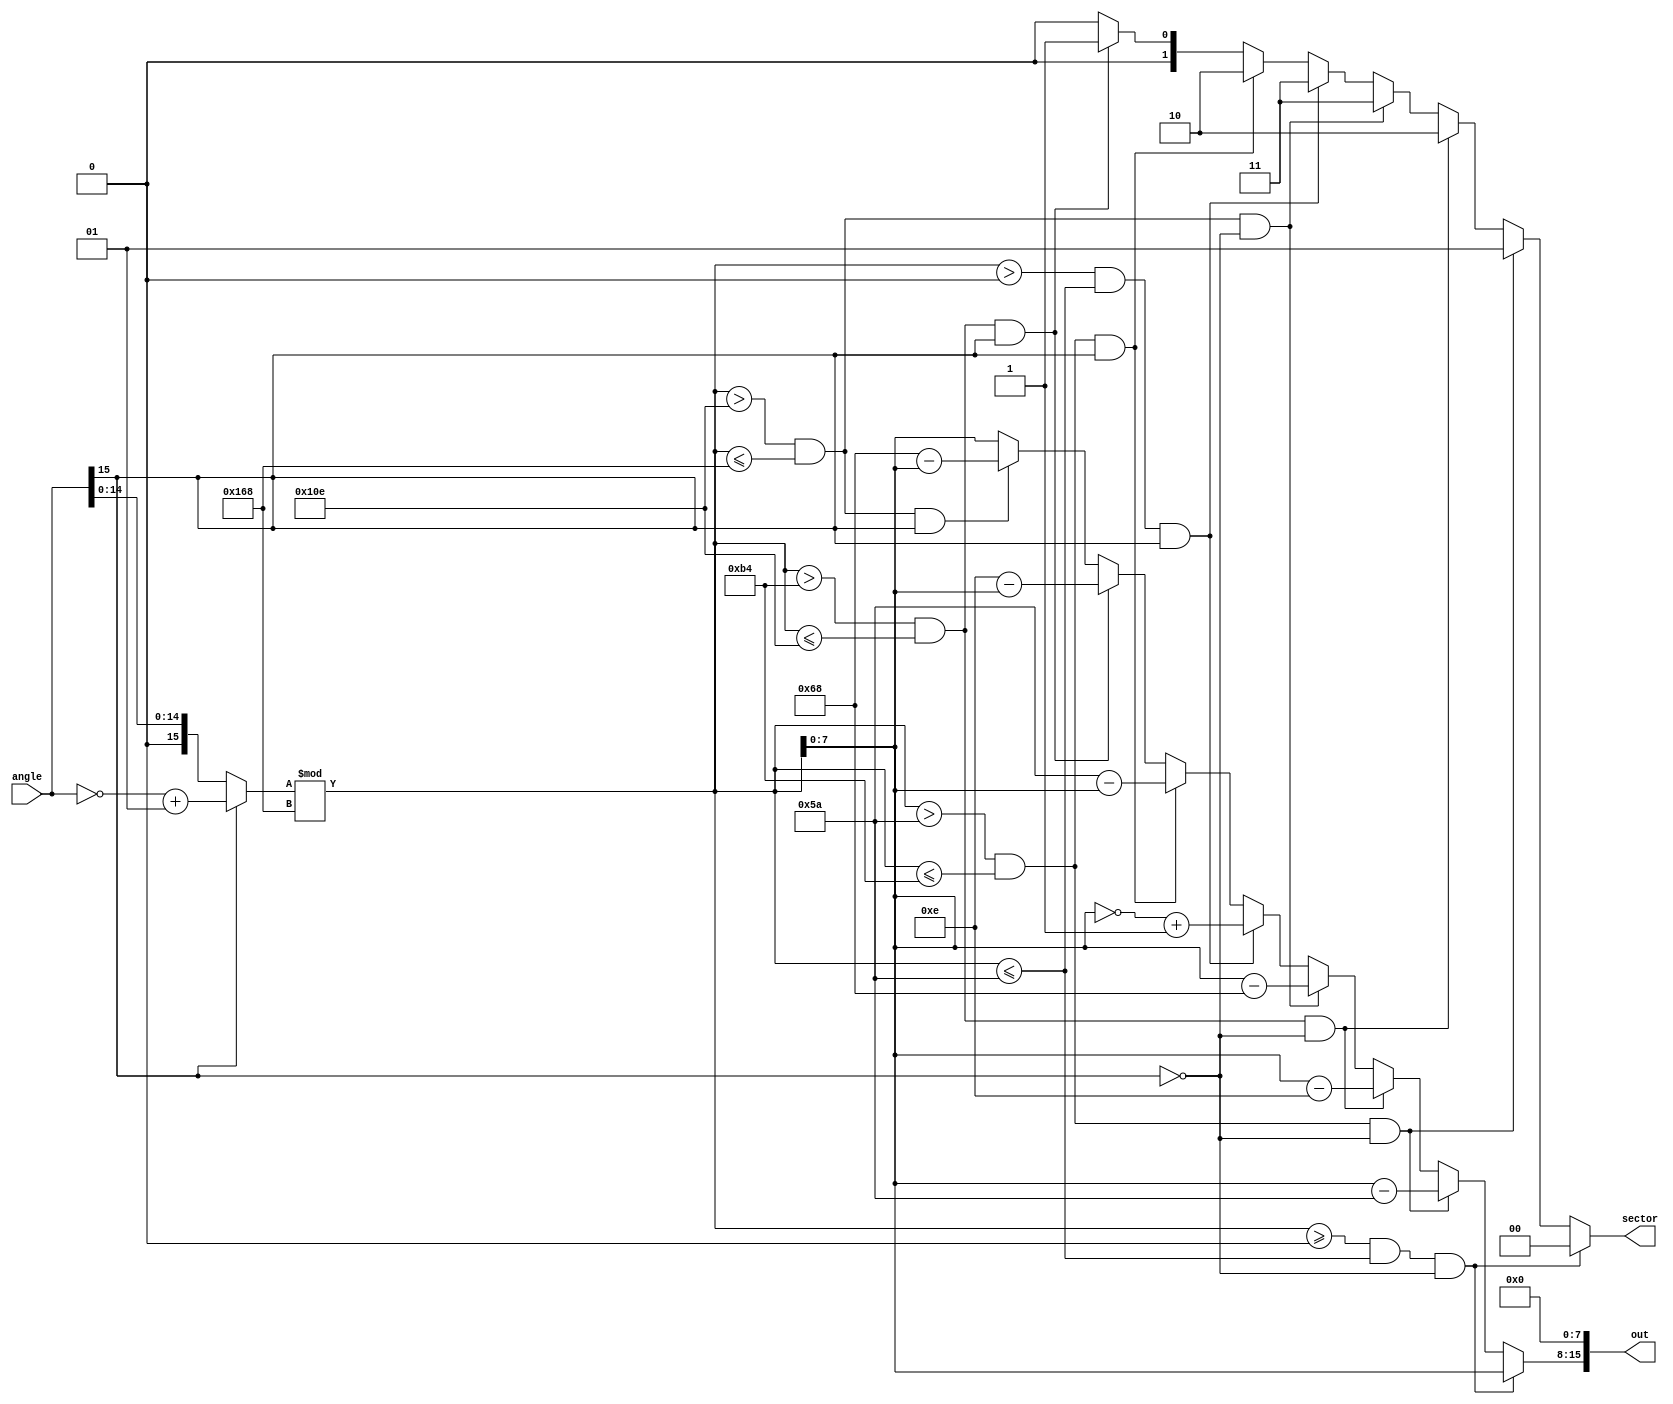
module anglefixer(input signed [15:0] angle, output reg [1:0] sector, output [15:0] out);

	
	
	wire is_neg = angle[15];
	wire [15:0] pos_angle = (~is_neg) ? angle : (~angle+1);
	wire [15:0] angle_360 = (pos_angle % 16'h0168); // mod 360
	
	reg signed [15:0] angle16;
	always @(*) begin
		
		if (angle_360 >= 16'h0000 && angle_360 <= 16'h005A && ~is_neg) begin //pos Q1
			angle16 = angle_360; // angle
			sector = 2'b00;
		end
		else if (angle_360 > 16'h005A && angle_360 <= 16'h00B4 && ~is_neg) begin //pos Q2
			angle16 = angle_360 - 16'h005A; // angle - 90
			sector = 2'b01;
		end
		else if (angle_360 > 16'h00B4 && angle_360 <= 16'h010E && ~is_neg) begin //pos Q3
			angle16 = angle_360 - 16'h010E; // angle - 270
			sector = 2'b10;
		end
		else if (angle_360 > 16'h010E && angle_360 <= 16'h0168 && ~is_neg) begin //pos Q4
			angle16 = angle_360 - 16'h0168;   // angle - 360
			sector = 2'b11;
		end
		
		
		else if (angle_360 > 16'h0000 && angle_360 <= 16'h005A && is_neg) begin //neg Q4
			angle16 = ~angle_360 + 1; // -angle
			sector = 2'b11;
		end
		else if (angle_360 > 16'h005A && angle_360 <= 16'h00B4 && is_neg) begin //neg Q3
			angle16 = 16'h005A - angle_360; // 90 - angle
			sector = 2'b10;
		end
		else if (angle_360 > 16'h00B4 && angle_360 <= 16'h010E && is_neg) begin //neg Q2
			angle16 = 16'h010E - angle_360; // 270 - angle
			sector = 2'b01;
		end
		else if (angle_360 > 16'h010E && angle_360 <= 16'h0168 && is_neg) begin //neg Q1
			angle16 = 16'h0168 - angle_360;   // angle - 360
			sector = 2'b00;
		end
		else begin // default
			angle16 = angle_360; // angle
			sector = 2'b00;
		end
	end

	assign out = {angle16 [7:0],8'd0};
	
endmodule